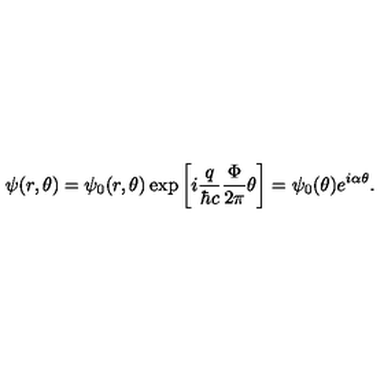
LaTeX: \psi ( r , \theta ) = \psi _ { 0 } ( r , \theta ) \exp \left[ i { \frac { q } { \hbar c } } { \frac { \Phi } { 2 \pi } } \theta \right] = \psi _ { 0 } ( \theta ) e ^ { i \alpha \theta } .